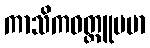
ကာသိကဝတ္ထူပမာ